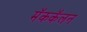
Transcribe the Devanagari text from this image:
मॅककॅलन